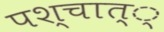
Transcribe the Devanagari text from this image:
पश्चात््